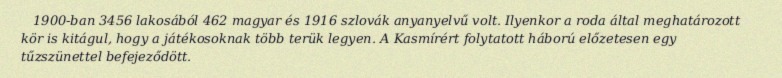
1900-ban 3456 lakosából 462 magyar és 1916 szlovák anyanyelvű volt. Ilyenkor a roda által meghatározott kör is kitágul, hogy a játékosoknak több terük legyen. A Kasmírért folytatott háború előzetesen egy tűzszünettel befejeződött.